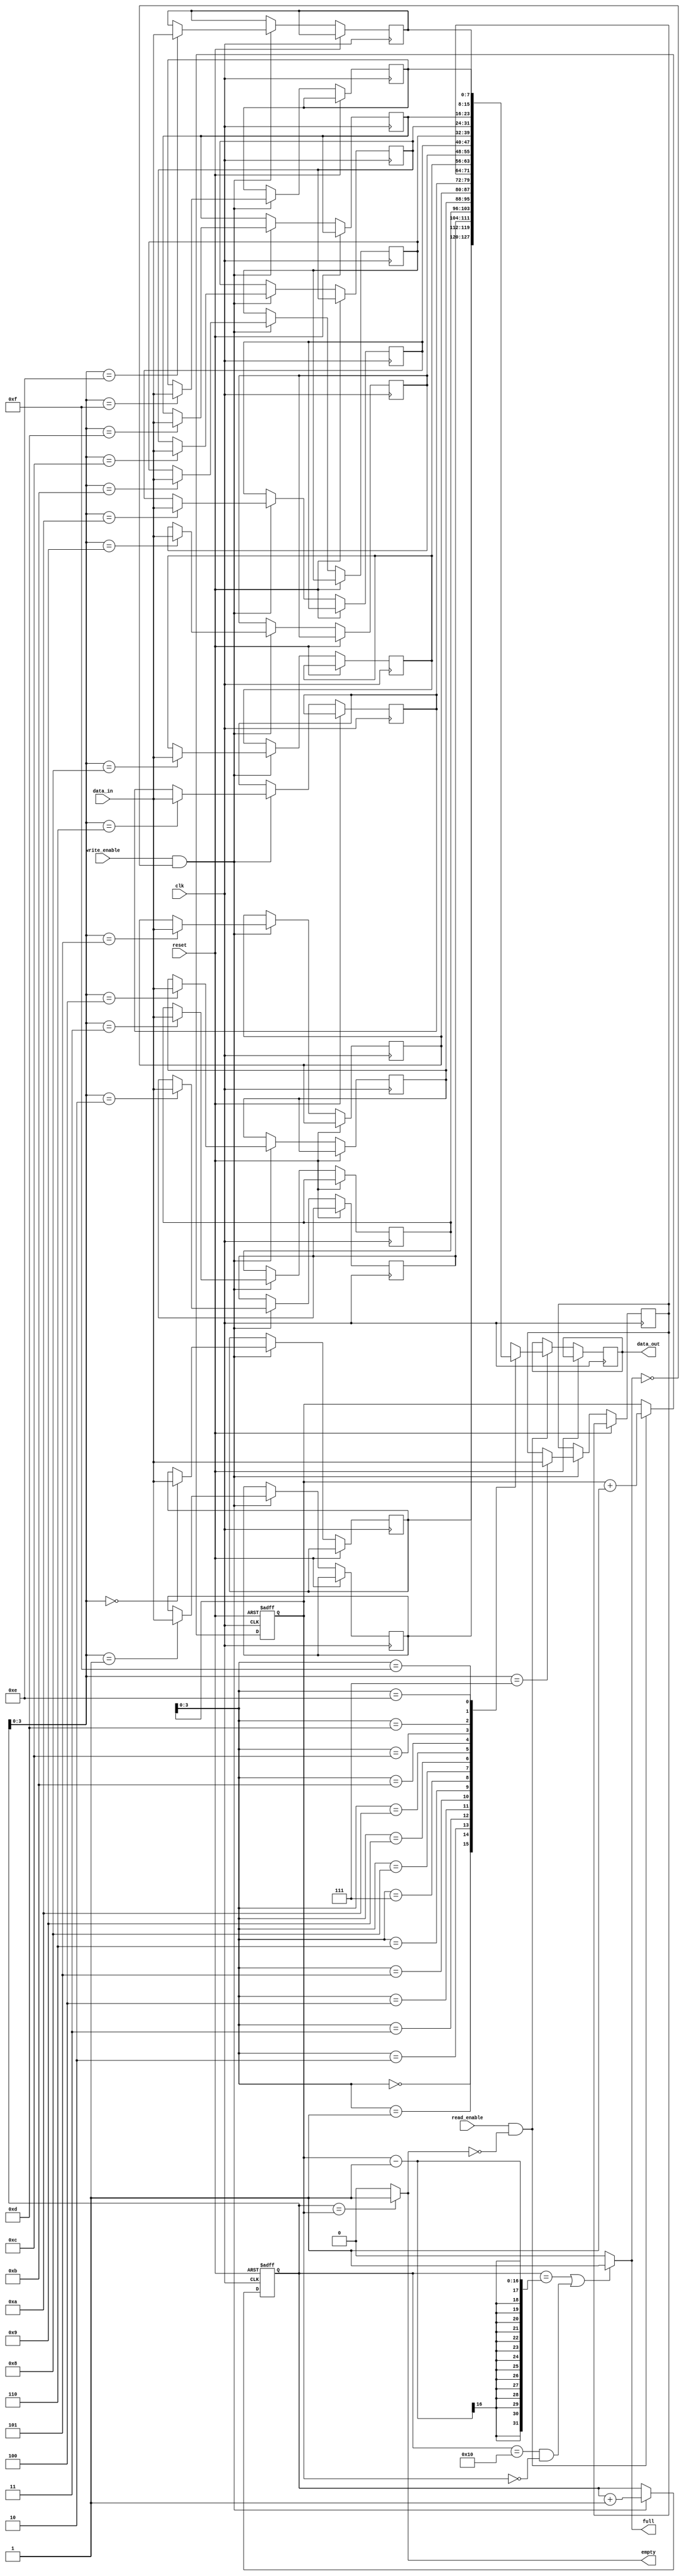
module circular_fifo
#(
parameter WIDTH = 8,
parameter DEPTH = 16
)
(
input wire clk,
input wire reset,
input wire write_enable,
input wire read_enable,
input wire [WIDTH-1:0] data_in,
output wire [WIDTH-1:0] data_out,
output wire full,
output wire empty
);

reg [WIDTH-1:0] memory [DEPTH-1:0];
reg [DEPTH-1:0] write_pointer, read_pointer;

always @(posedge clk or posedge reset)
begin
if (reset)
begin
write_pointer <= 0;
read_pointer <= 0;
end
else
begin
if (write_enable && !full)
begin
memory[write_pointer] <= data_in;
write_pointer <= write_pointer + 1;
end

if (read_enable && !empty)
begin
data_out <= memory[read_pointer];
read_pointer <= read_pointer + 1;
end
end
end

assign full = ((write_pointer == read_pointer - 1) || (write_pointer == DEPTH && read_pointer == 0)) ? 1'b1 : 1'b0;
assign empty = (write_pointer == read_pointer) ? 1'b1 : 1'b0;
endmodule